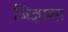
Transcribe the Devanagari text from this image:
जिज्ञाशा